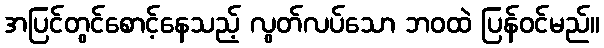
အပြင်တွင်စောင့်နေသည့် လွတ်လပ်သော ဘဝထဲ ပြန်ဝင်မည်။